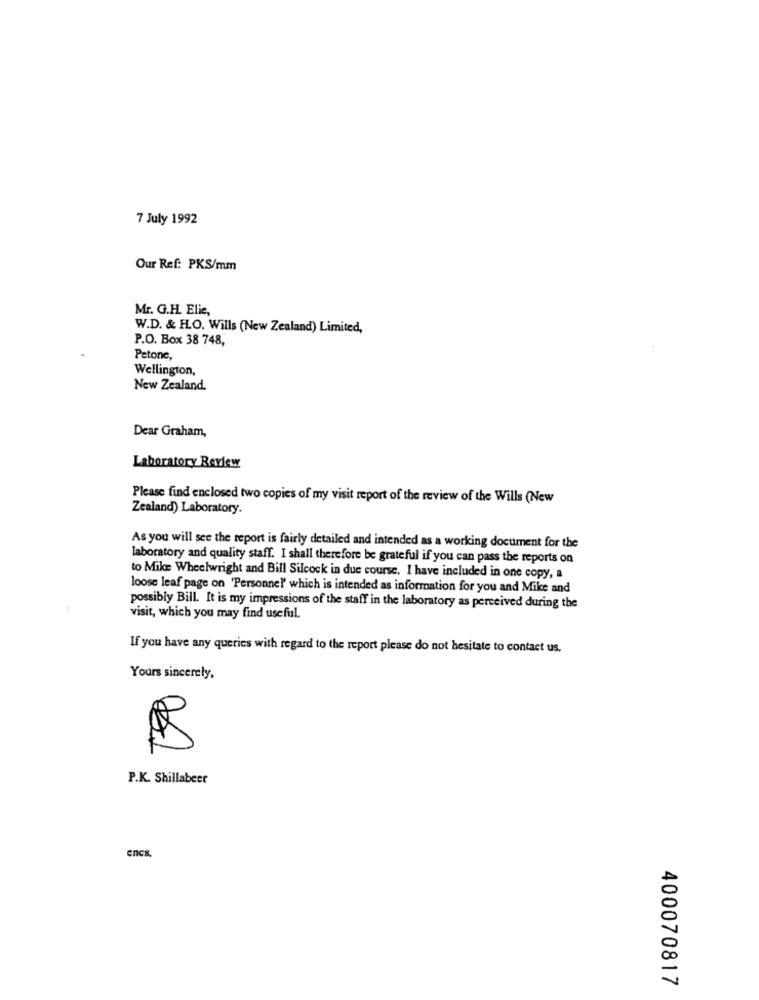
7 July 1992
Our Ref: PKS/mm
Mr. G.H. Elie,
W.D. & H.O. Wills (New Zealand) Limited,
P.O. Box 38 748,
Petone,
Wellington,
New Zealand.
Dear Graham,
Laboratory Review
Please find enclosed two copies of my visit report of the review of the Wills (New
Zealand) Laboratory.
As you will see the report is fairly detailed and intended as a working document for the
laboratory and quality staff. I shall therefore be grateful if you can pass the reports on
to Mike Wheelwright and Bill Silcock in due course. I have included in one copy, a
loose leaf page on 'Personnel' which is intended as information for you and Mike and
possibly Bill. It is my impressions of the staff in the laboratory as perceived during the
visit, which you may find useful.
If you have any queries with regard to the report please do not hesitate to contact us.
Yours sincerely,
P.K. Shillabeer
encs.
400070817